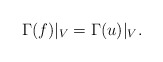
\begin{align*}\Gamma(f)|_V=\Gamma(u)|_V.\end{align*}